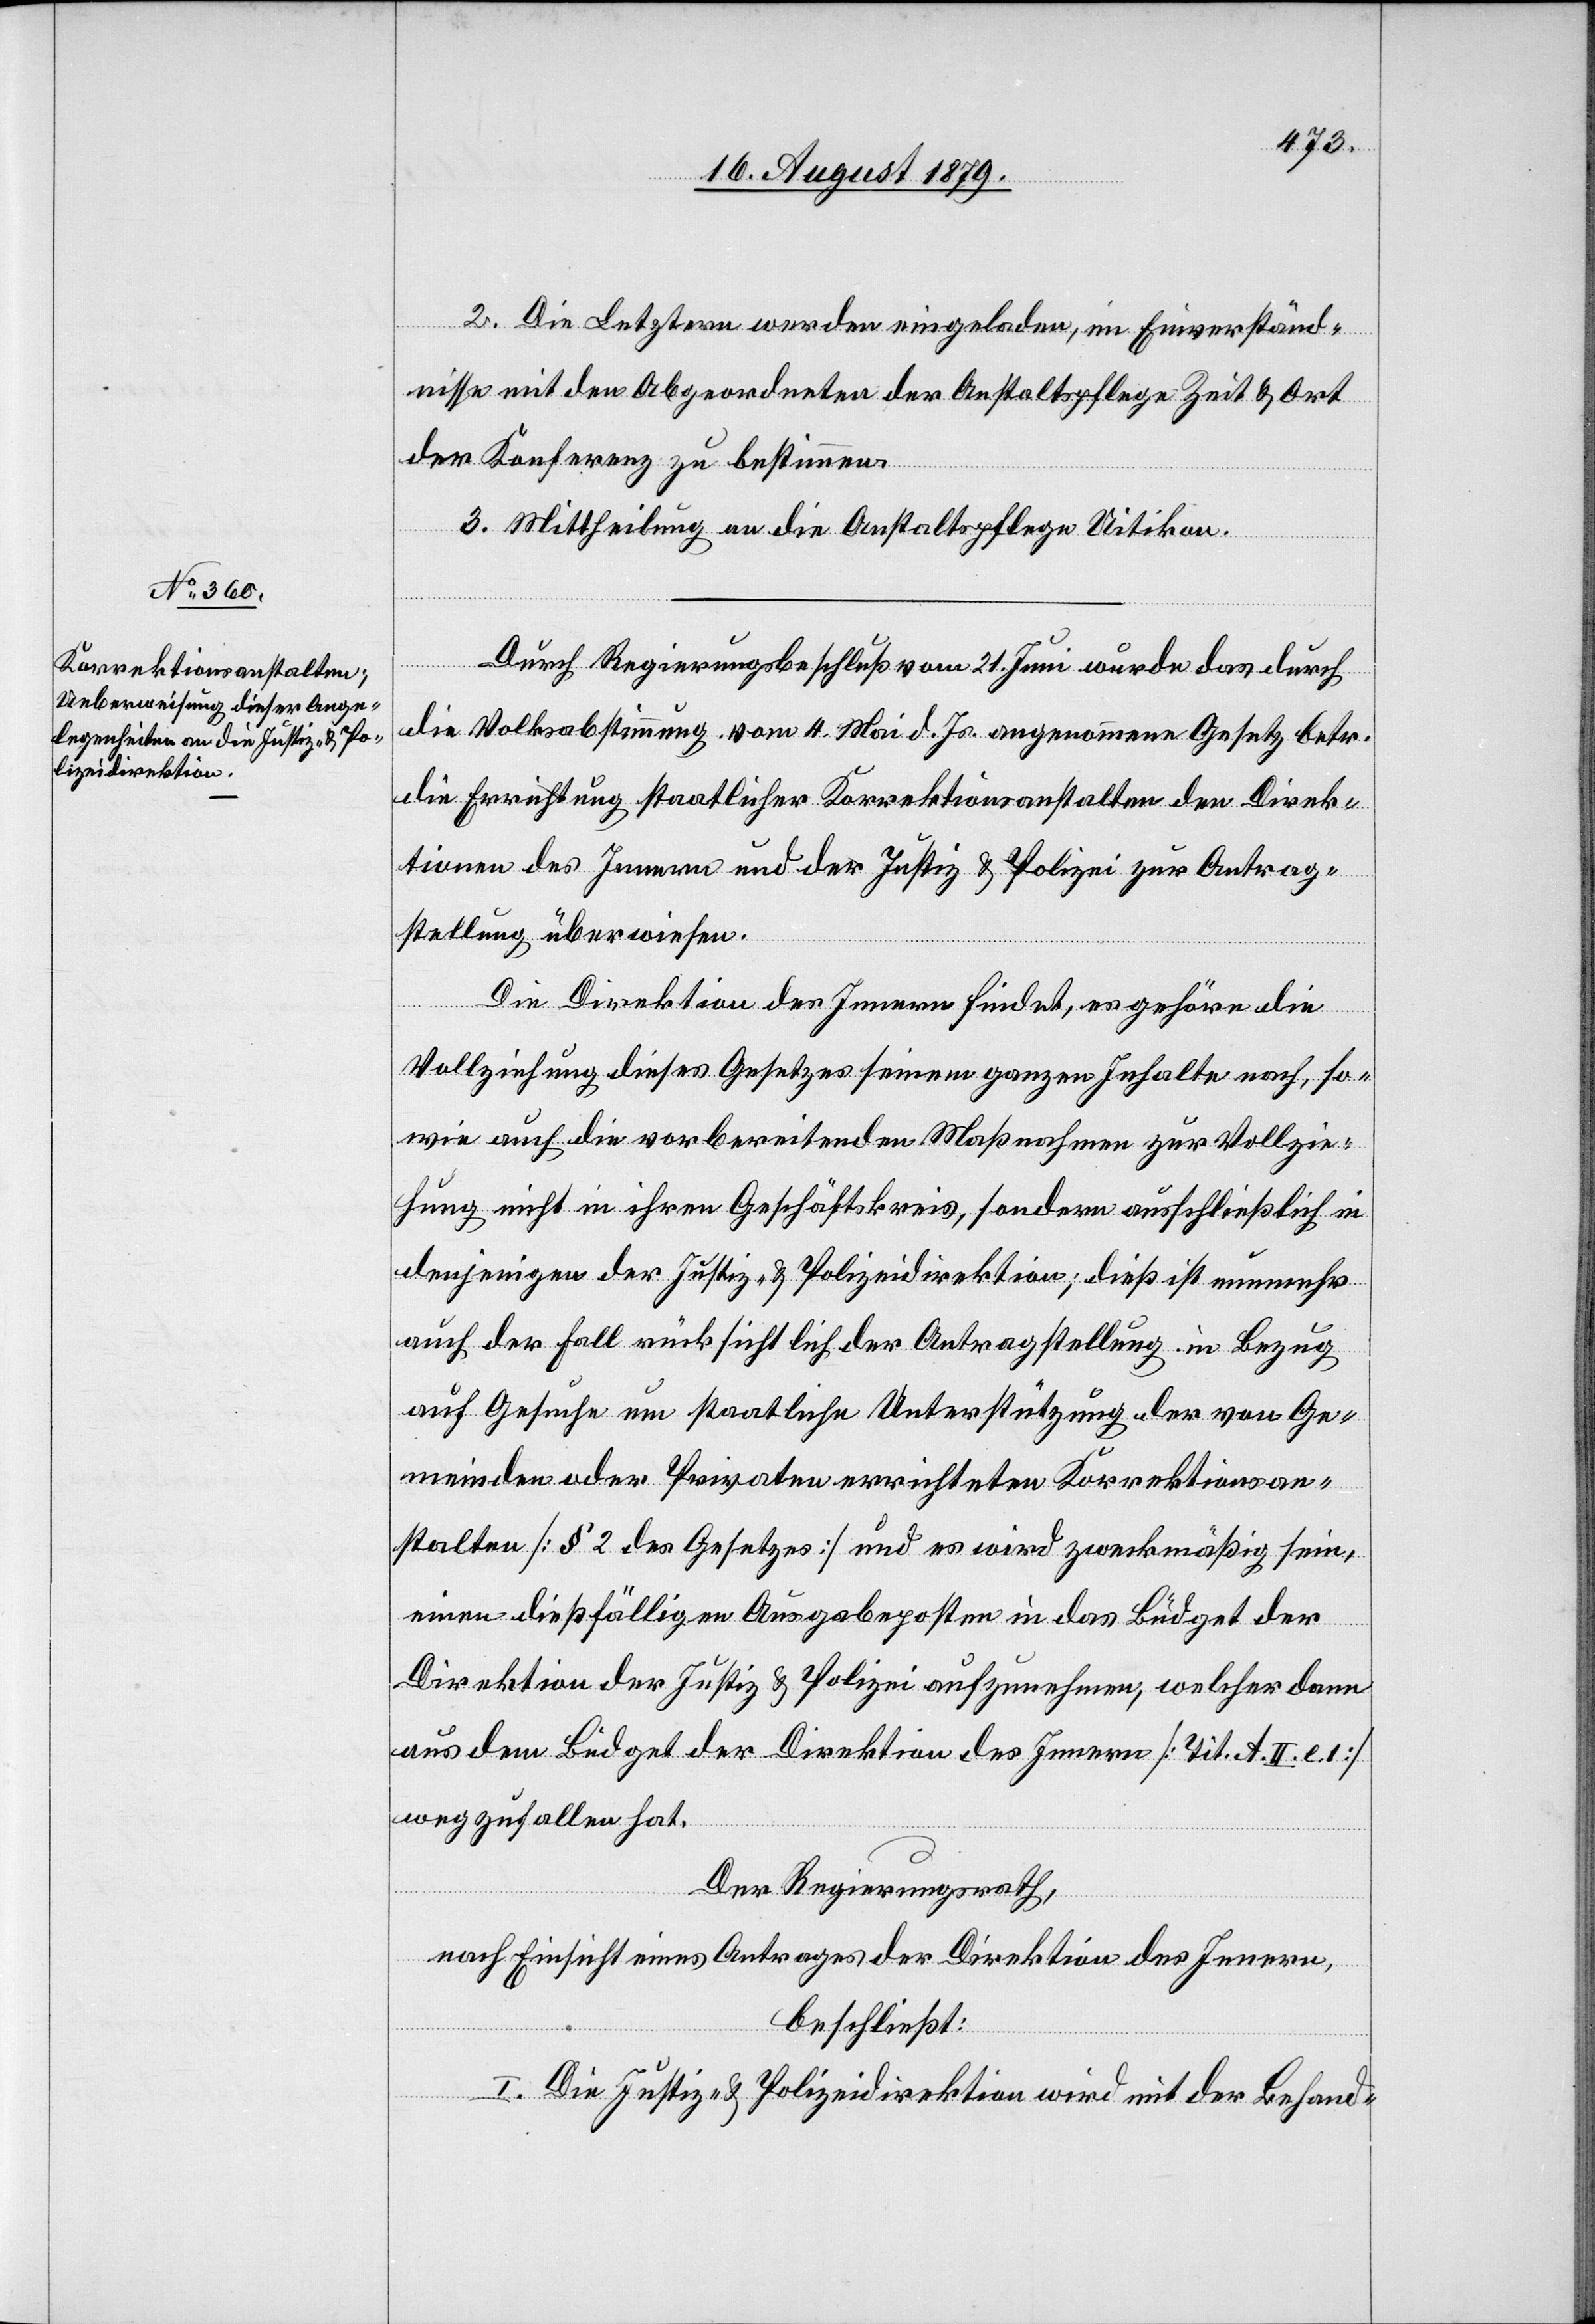
2. Die Letztern werden eingeladen, im Einverständ¬
nisse mit den Abgeordneten der Anstaltspflege Zeit & Ort
der Konferenz zu bestimmen.
3. Mittheilung an die Anstaltspflege Uitikon.
Durch Regierungsbeschluß vom 21. Juni wurde das durch
die Volksabstimmung vom 4. Mai d. Js. angenommene Gesetz betr.
die Errichtung staatlicher Korrektionsanstalten den Direk¬
tionen des Innern und der Justiz & Polizei zur Antrag¬
stellung überwiesen.
Die Direktion des Innern findet, es gehöre die
Vollziehung dieses Gesetzes seinem ganzen Inhalten nach, so¬
wie auch die vorbereitenden Maßnahmen zur Vollzie¬
hung nicht in ihren Geschäftskreis, sondern ausschließlich in
denjenigen der Justiz- & Polizeidirektion; dieß ist nunmehr
auch der Fall rücksichtlich der Antragstellung in Bezug
auf Gesuche um staatliche Unterstützung der von Ge¬
meinden oder Privaten errichteten Korrektionsan¬
stalten [§ 2 des Gesetzes] und es wird zweckmäßig sein,
einen dießfälligen Ausgabeposten in das Büdget der
Direktion der Justiz & Polizei aufzunehmen, welcher dann
aus dem Büdget der Direktion des Innern [Tit. A. II. e. 1]
wegzufallen hat.
Der Regierungsrath,
nach Einsicht eines Antrages der Direktion des Innern,
beschließt:
l. Die Justiz- & Polizeidirektion wird mit der Behand-